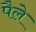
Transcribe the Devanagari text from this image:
पैले